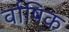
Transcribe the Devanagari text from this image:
र्वाषिक